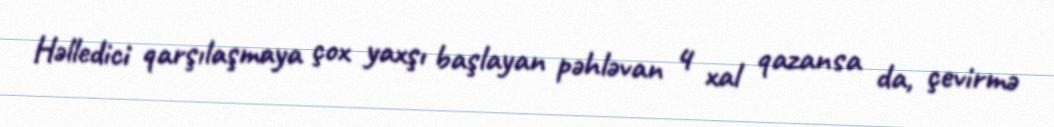
Həlledici qarşılaşmaya çox yaxşı başlayan pəhləvan 4 xal qazansa da, çevirmə